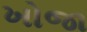
ખોજા